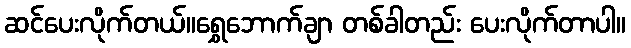
ဆင်ပေးလိုက်တယ်။ရွှေဘောက်ချာ တစ်ခါတည်း ပေးလိုက်တာပါ။